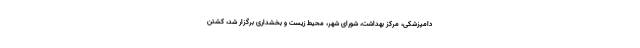
دامپزشکی، مرکز بهداشت، شورای شهر، محیط زیست و بخشداری برگزار شد، کشتن